Vabadussoja_Ajaloo_Komitee, lk 87
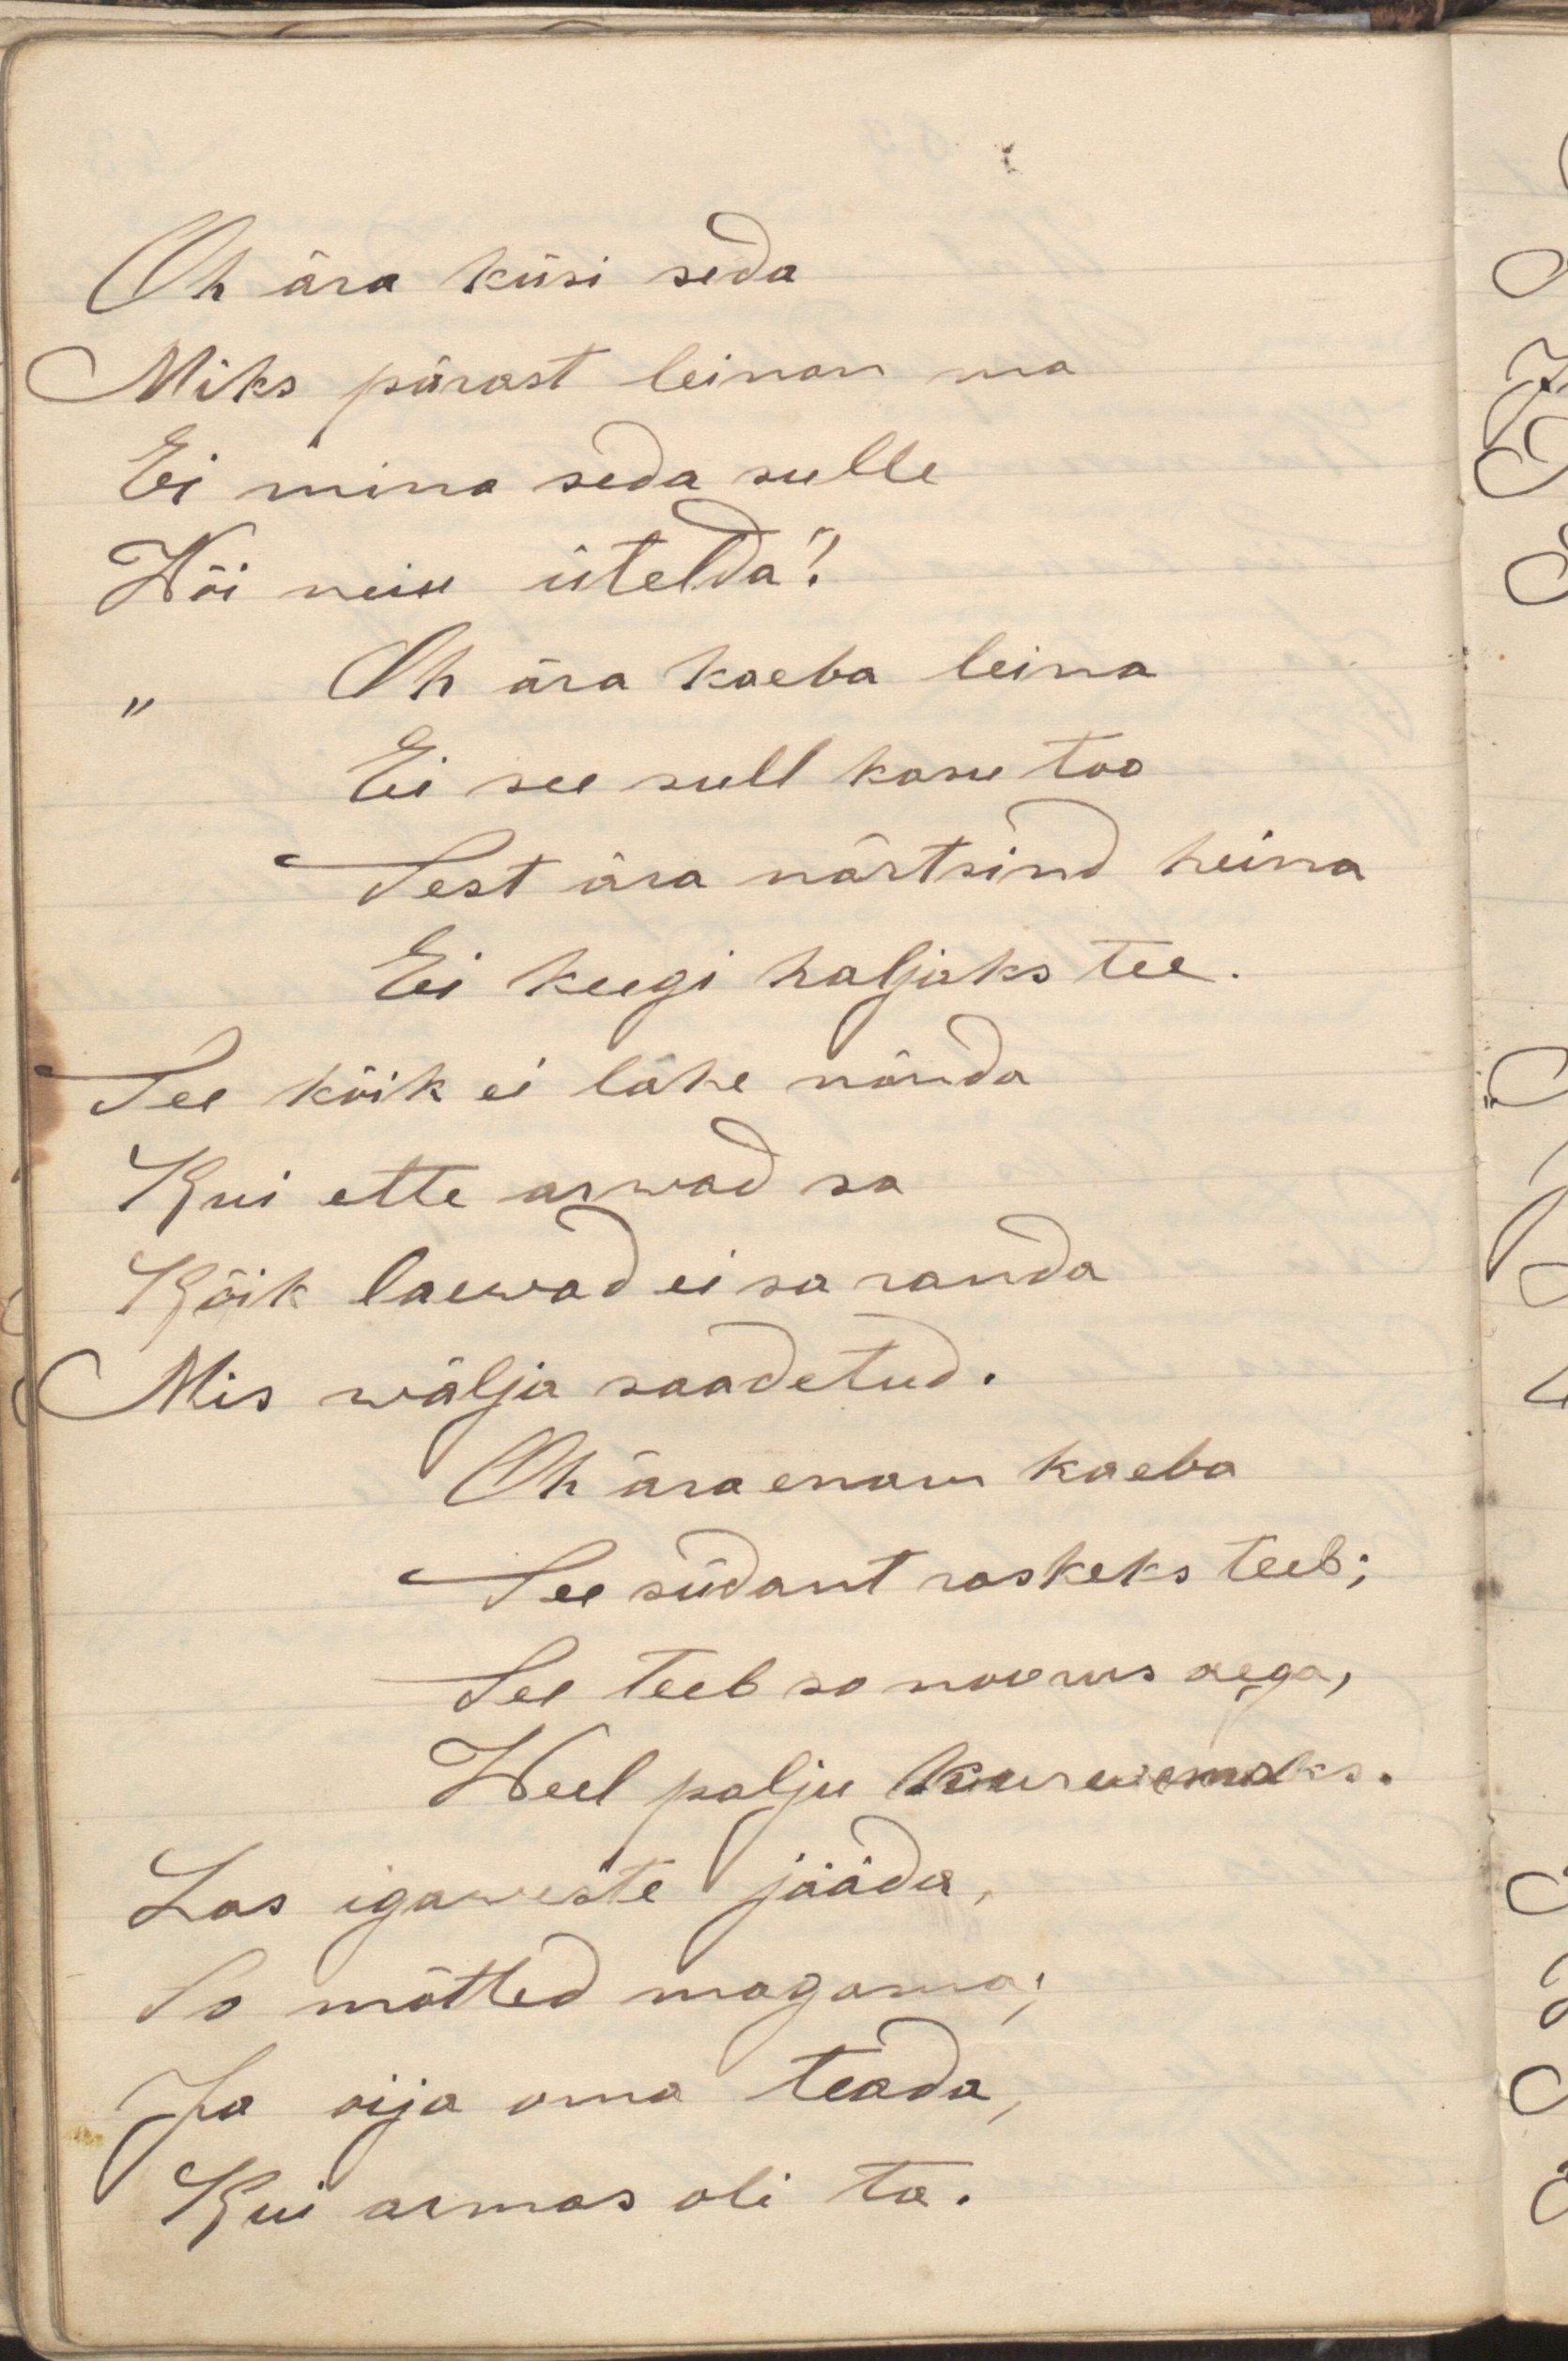
Oh ära küsi seda
Miks pärast leinan ma
Ei mina seda sulle
Wõi neiu ütelda?
Oh ära kaeba leina
Ei see sull kasu too
Sest ära närtsind heina
Ei keegi haljaks tee.
See kõik ei lähe nõnda
Kui ette arwad sa
Kõik laewad ei sa randa
Mis wälja saadetud.
Oh ära enam kaeba
See südant raskeks teeb;
See teeb so noorus aega,
Weel palju kurwemaks.
Las igaweste jääda,
So mõtted magama,
Ja oija oma teada,
Kui armas oli ta.